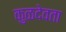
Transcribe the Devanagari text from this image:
कुळदेवता